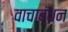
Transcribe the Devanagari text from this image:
वाचाबंधन